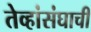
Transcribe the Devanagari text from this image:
तेव्हांसंघाची